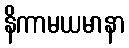
နိကာမယမာနာ